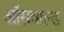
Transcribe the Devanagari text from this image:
ऑसवाल्ड